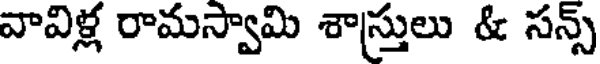
వావిళ్ల రామస్వామి శాస్తులు & సన్స్